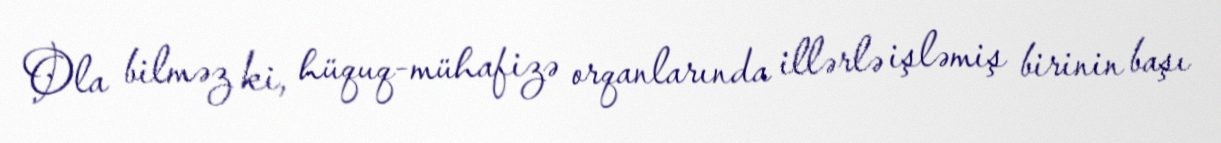
Ola bilməz ki, hüquq-mühafizə orqanlarında illərlə işləmiş birinin başı